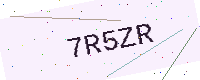
Text: 7R5ZR